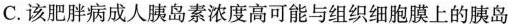
C.该肥胖病成人胰岛素浓度高可能与组织细胞膜上的胰岛